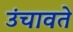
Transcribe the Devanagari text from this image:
उंचावते